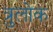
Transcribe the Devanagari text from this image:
त्रुलोक